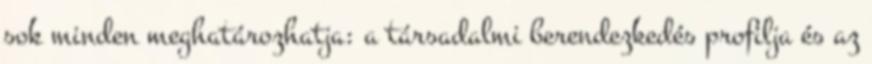
sok minden meghatározhatja: a társadalmi berendezkedés profilja és az